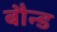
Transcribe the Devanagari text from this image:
बौन्ड